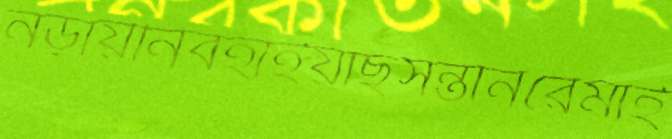
নড়ায়নিবহাইয়াছসন্তানরেমাই